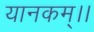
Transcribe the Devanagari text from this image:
यानकम्।।